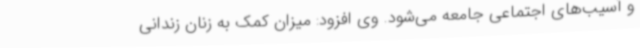
و آسیب‌های اجتماعی جامعه می‌شود. وی افزود: میزان کمک به زنان زندانی